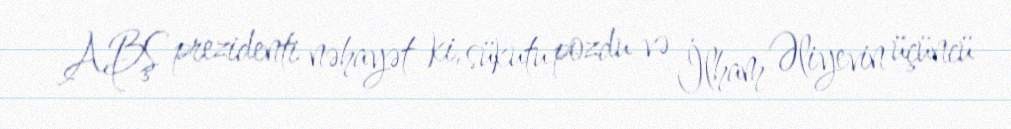
ABŞ prezidenti nəhayət ki, sükutu pozdu və İlham Əliyevin üçüncü